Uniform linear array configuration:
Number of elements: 48
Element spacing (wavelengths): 1
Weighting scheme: blackman
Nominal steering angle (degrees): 45
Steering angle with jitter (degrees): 44.579
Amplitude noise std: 0.05
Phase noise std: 0.05

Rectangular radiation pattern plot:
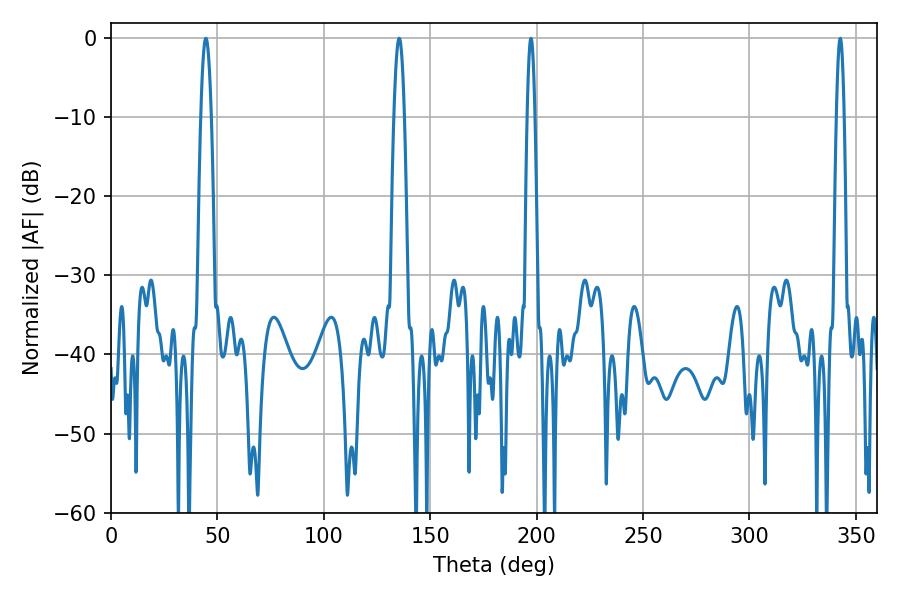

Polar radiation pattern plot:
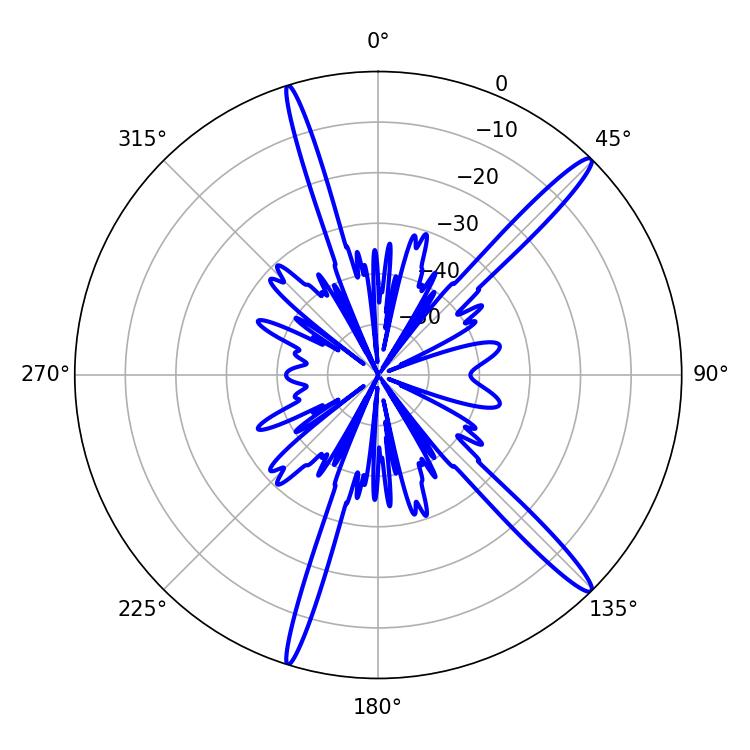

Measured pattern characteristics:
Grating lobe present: TRUE
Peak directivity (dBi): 16.048
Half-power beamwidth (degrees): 2.7
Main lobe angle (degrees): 44.64